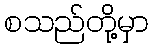
စသည်တို့မှာ